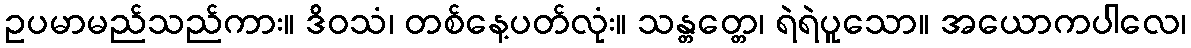
ဥပမာမည်သည်ကား။ ဒိဝသံ၊ တစ်နေ့ပတ်လုံး။ သန္တတ္တေ၊ ရဲရဲပူသော။ အယောကပါလေ၊